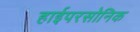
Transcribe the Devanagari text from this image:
हाईपरसोनिक